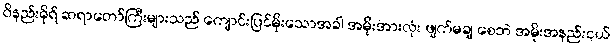
ဝိနည်းဓိုရ် ဆရာတော်ကြီးများသည် ကျောင်းပြင်မိုးသောအခါ အမိုးအားလုံး ဖျက်မချ စေဘဲ အမိုးအနည်းငယ်